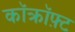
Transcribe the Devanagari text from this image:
कॉक्रॉफ़्ट